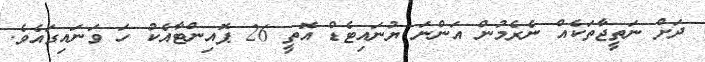
ދަށް ނަތީޖާތަކެއް ނެރެމުން އަންނަ ޔުނައިޓެޑް އޮތީ 26 ޕޮއިންޓާއެކު ހަ ވަނައިގައެވެ.